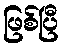
ဖြစ်ပြီ